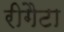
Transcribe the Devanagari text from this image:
रीगैटा